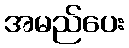
အမည်ပေး